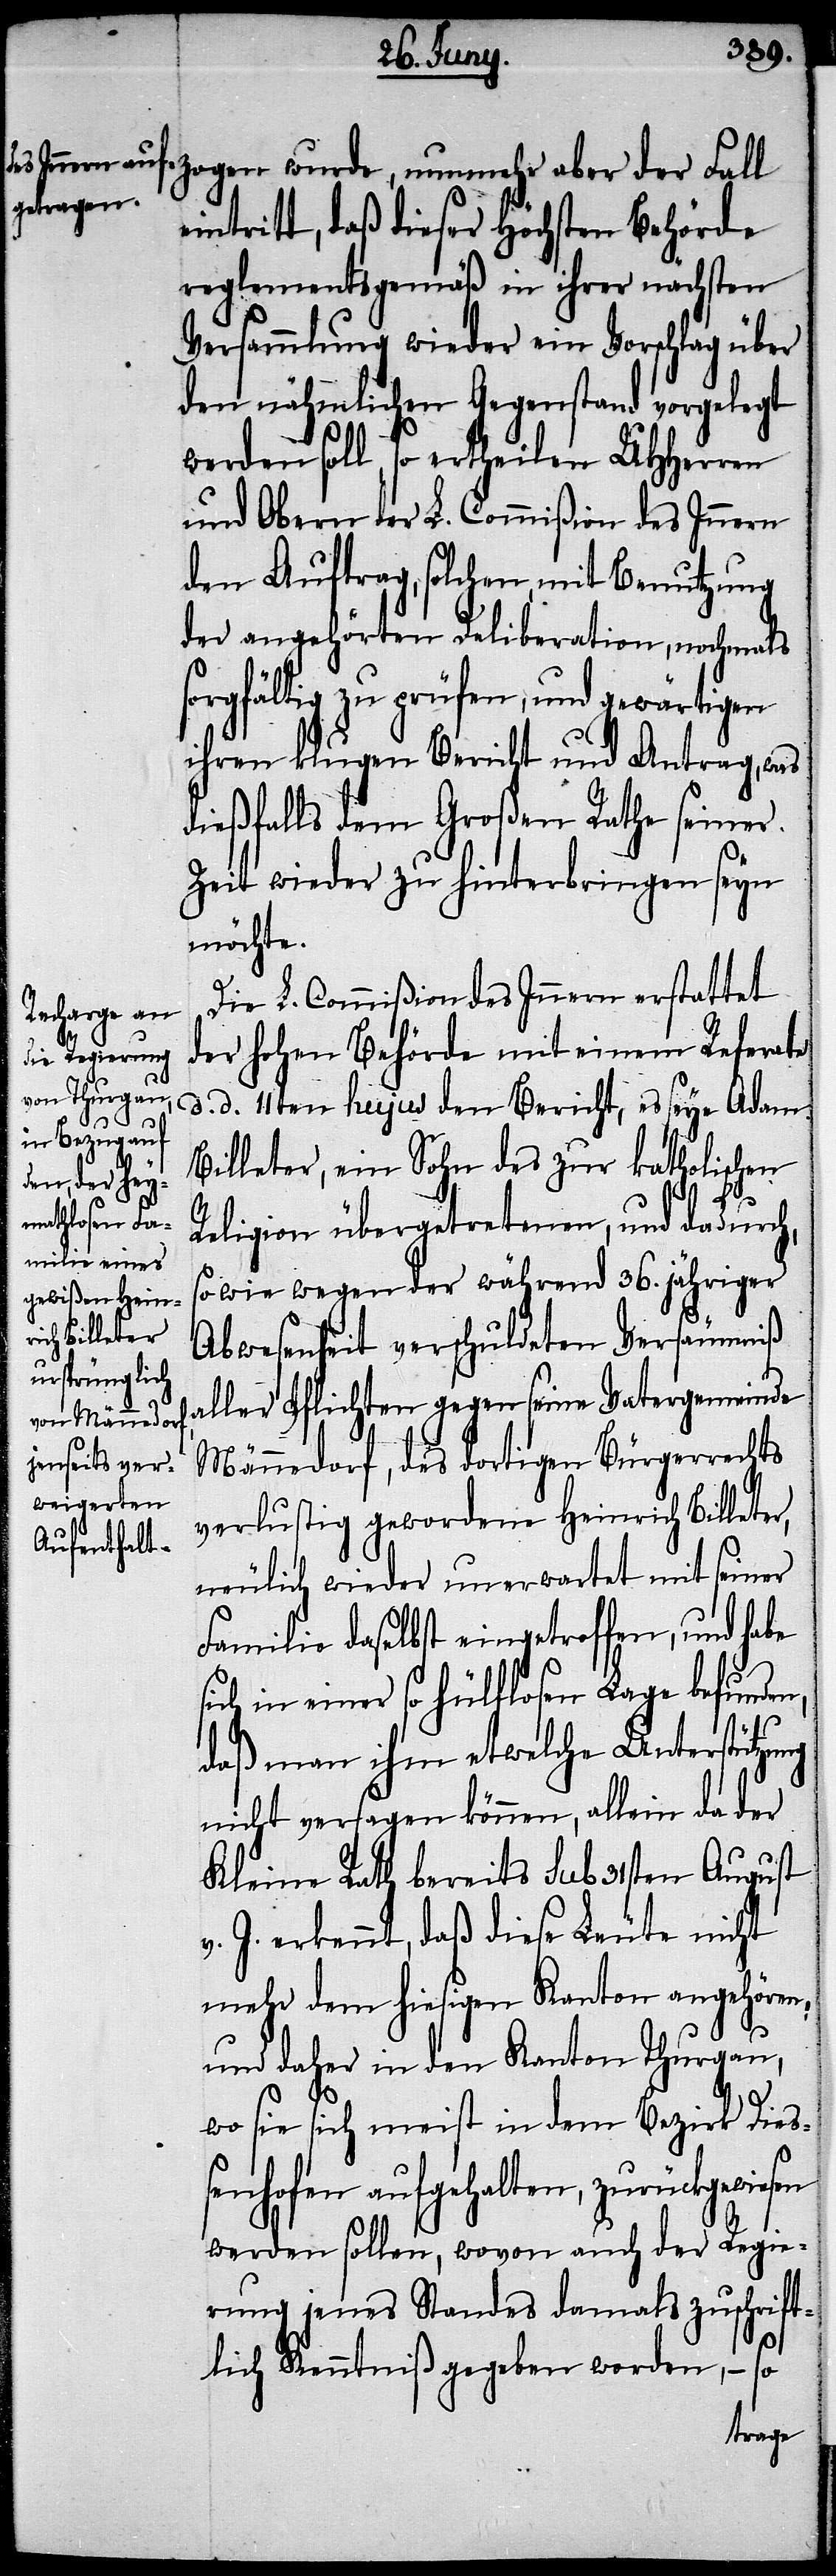
wiesen

zogen wurde, nunmehr aber der Fall
eintritt, daß dieser höchsten Behörde
reglementsgemäß in ihrer nächsten
Versammlung wieder ein Vorschlag über
den nähmlichen Gegenstand vorgelegt
werden soll, so ertheilen UHHerren
und Obern der L. Commißion des Innern
den Auftrag, solchen, mit Benutzung
der angehörten Deliberation, nochmals
sorgfältig zu prüfen, und gewärtigen
ihren klugen Bericht und Antrag, was
möchte.
Die L. Commißion des Innern erstattet
der hohen Behörde mit einem Referate
d. d. 1ten hujus den Bericht, es seye Adam
Billeter, ein Sohn des zur katholischen
Religion übergetretenen, und dadurch,
sowie wegen der während 36. jähriger
Abwesenheit verschuldeten Versäumniß
aller Pflichten gegen seine Vatergemeinde
Männedorf, des dortigen Bürgerrechts
verlustig gewordene Heinrich Billeter,
neulich wieder unerwartet mit seiner
Familie daselbst eingetroffen, und habe
sich in einer so hülflosen Lage befunden,
daß man ihm etwelche Unterstützung
nicht versagen können, allein da der
Kleine Rath bereits sub 31sten August
v. J. erkennt, daß diese Leute nicht
mehr dem hiesigen Kanton angehören
und daher in den Kanton Thurgau,
wo sie sich meist in dem Bezirk Dieß¬
enhofen aufgehalten, zurückge¬
werden sollen, wovon auch der Regie¬
rung jenes Standes damals zuschrift¬
lich Kenntniß gegeben worden, – so